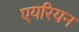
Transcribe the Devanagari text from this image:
एयरियन